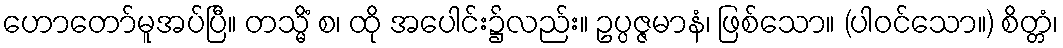
ဟောတော်မူအပ်ပြီ။ တသ္မိံ စ၊ ထို အပေါင်း၌လည်း။ ဥပ္ပဇ္ဇမာနံ၊ ဖြစ်သော။ (ပါဝင်သော။) စိတ္တံ၊